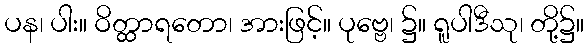
ပန၊ ပါး။ ဝိတ္ထာရတော၊ အားဖြင့်။ ပုဗ္ဗေ၊ ၌။ ရူပါဒီသု၊ တို့၌။